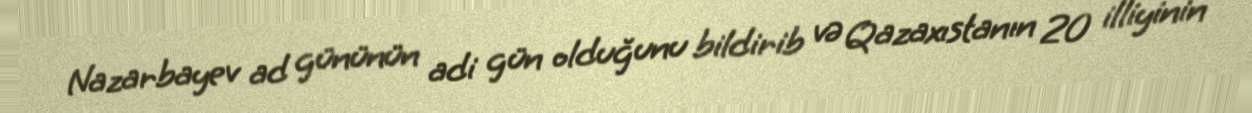
Nazarbayev ad gününün adi gün olduğunu bildirib və Qazaxıstanın 20 illiyinin